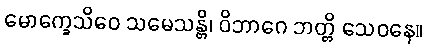
မောက္ခေသိဝေ သမေသန္တိ၊ ဝိဘာဂေ ဘတ္တိ သေဝနေ။